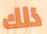
ذلك